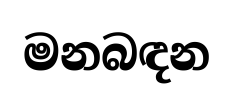
මනබඳන